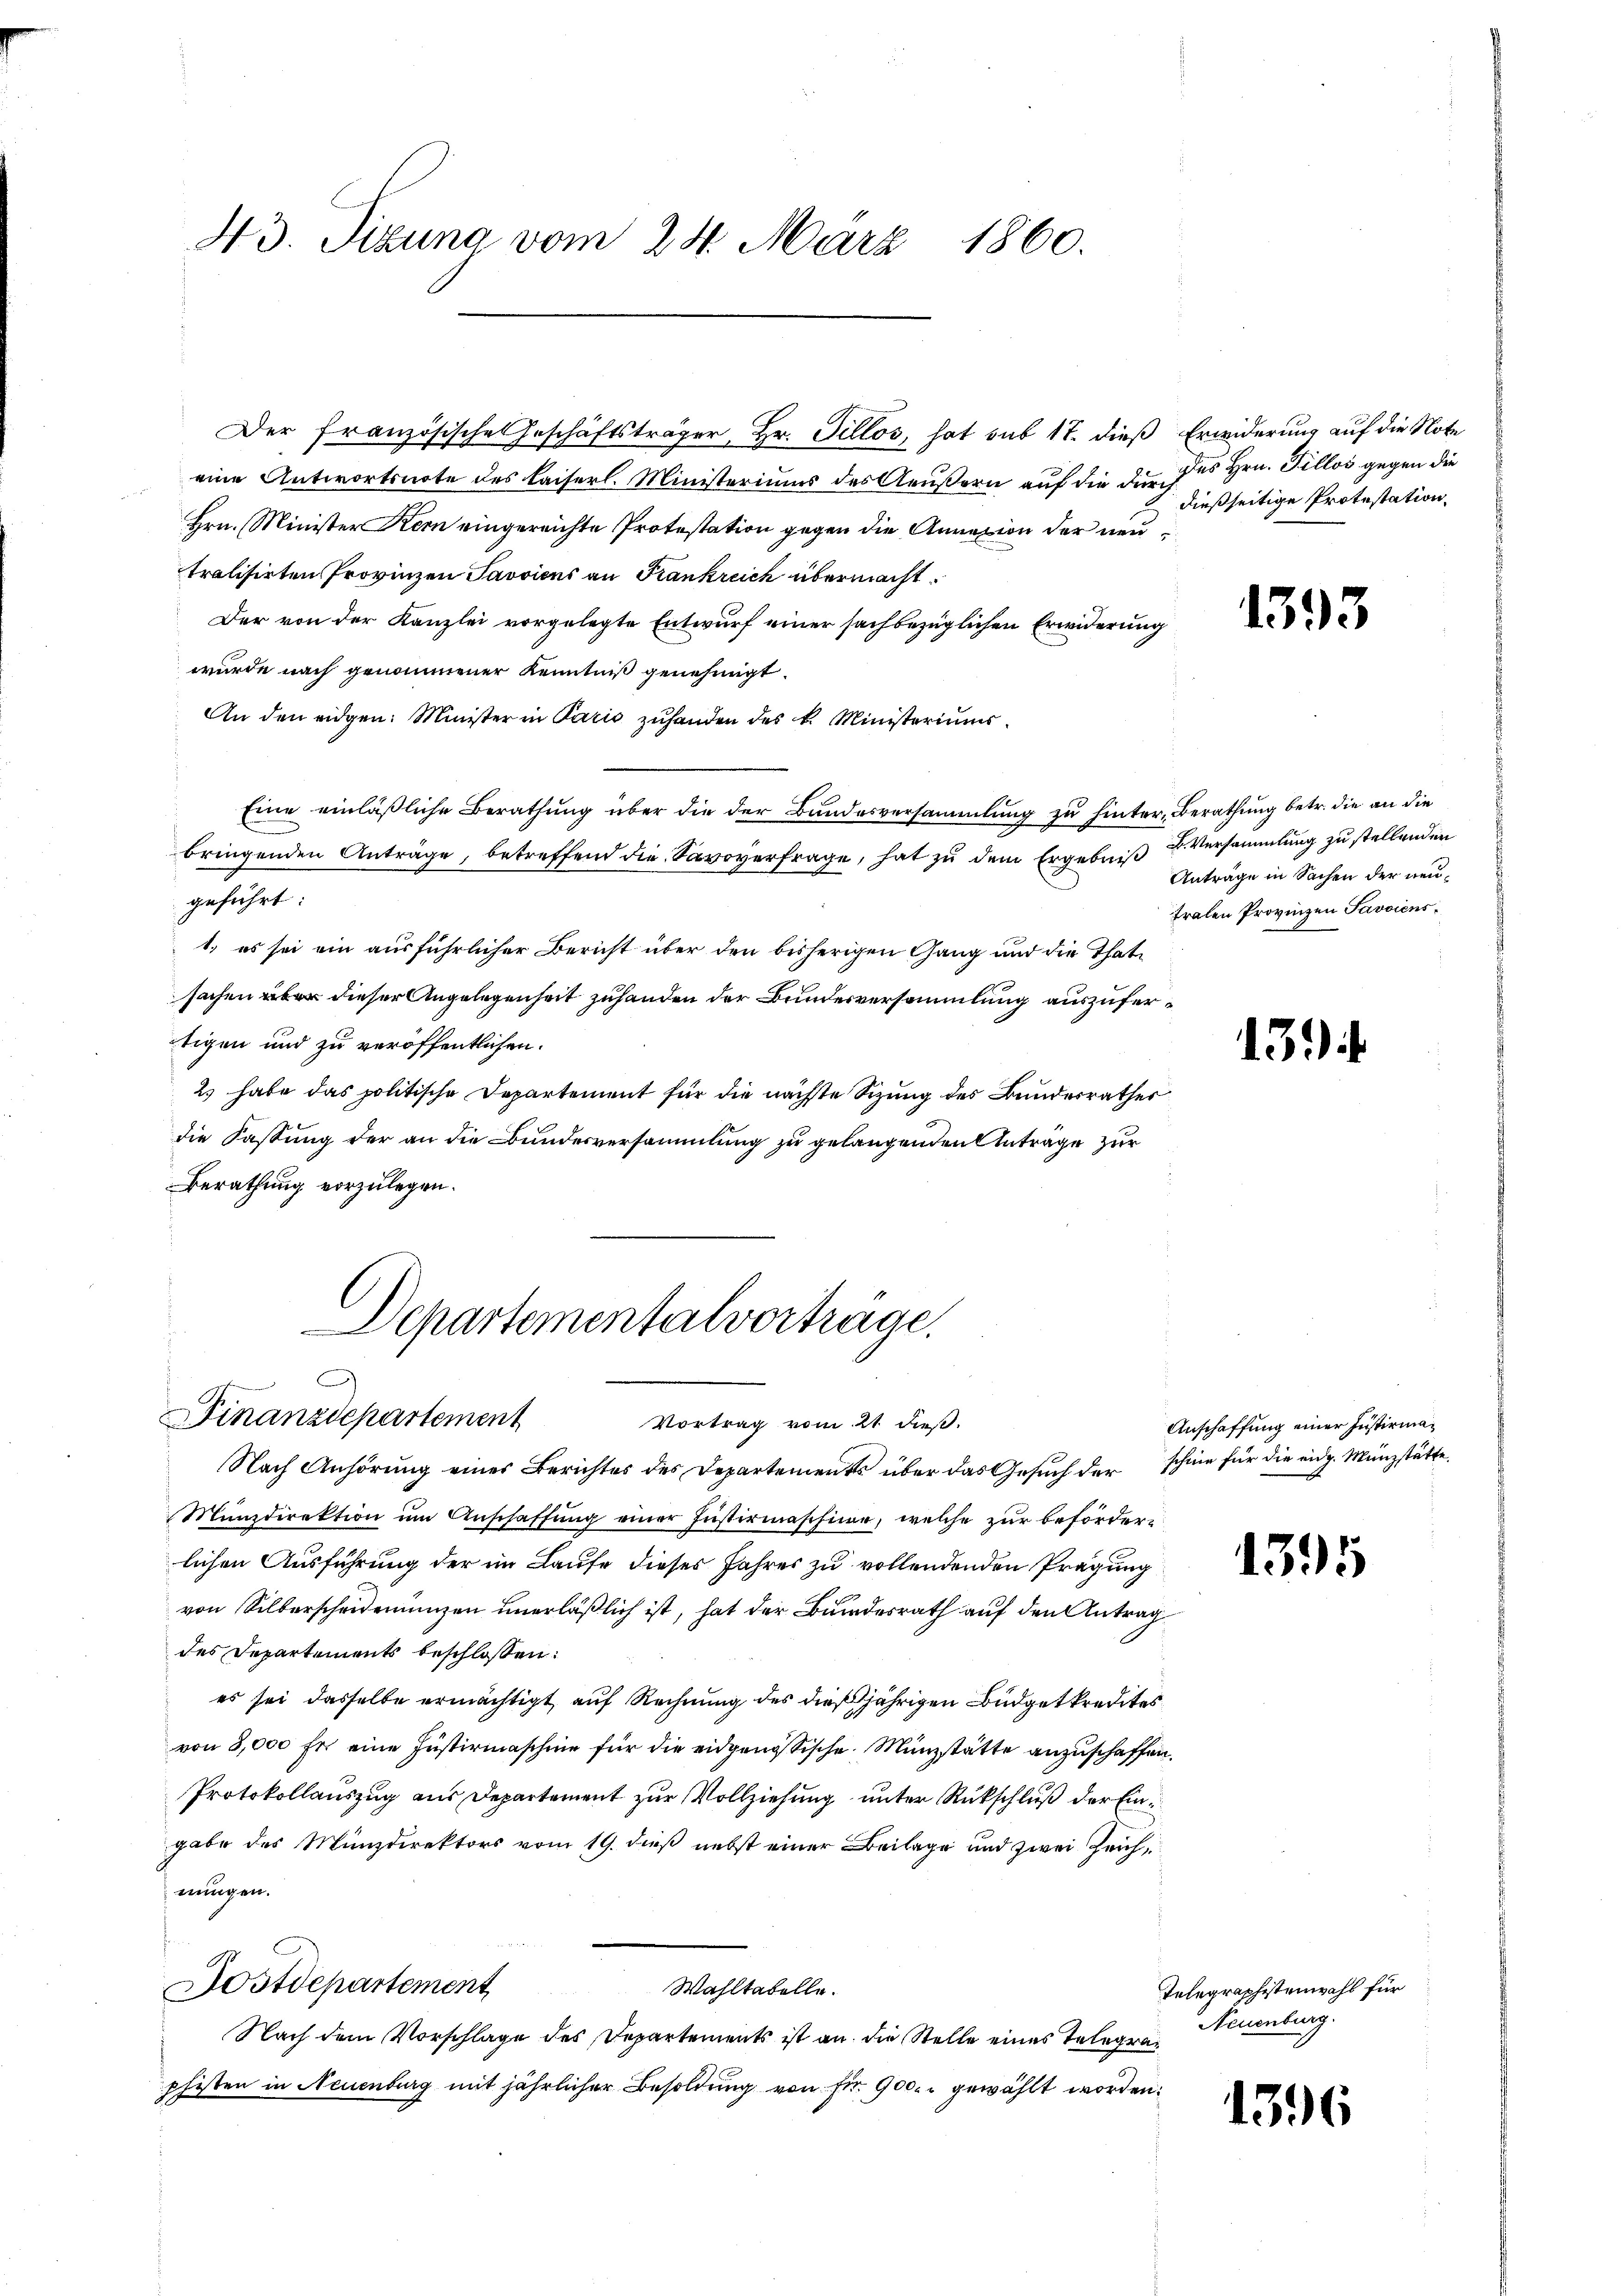
43. Sizung vom 24. März 1860.

Der französische Geschäftsträger, Hr. Tillos, hat sub 17. dieß Erwiderung auf die Note
eine Antwortsnote des Kaiserl. Ministeriums des Aeußern auf die die des Hrn. Fillos gegen die
Hrn. Minister Kern eingereichte Protestation gegen die Annazion der neutralisirten Provinzen Javviens an Frankreich übermacht.
Der von der Kanzlei vorgelegte Entwurf einer sachbezüglichen Erwiderung
wurde nach genommener Kenntniß genehmigt.
An den eidgen: Minister in Paris zuhanden des k. Ministeriums
Eine einläßliche Berathung über die der Bundesversammlung zu hinter-Berathung betr. die an die
bringenden Anträge, betreffend die Savoyerfrage, hat zu dem Ergebniß u. Versammlung zu stellenden
geführt:
1. es sei ein ausführlicher Bericht über den bisherigen Gang und die Thatsachen über dieser Angelegenheit zuhanden der Bundesversammlung auszufertigen und zu veröffentlichen.
2 habe das politische Departement für die nächste Sizung des Bundesrathes
die Fassung der an die Bundesversammlung zu gelangenden Anträge zur
Berathung vorzulegen.

Departementalvorträge.
Finanzdepartement
Vortrag vom 21. dieß.

dießseitige Protestation.

Nach Anhörung eines Berichtes des Departements über das Gesuch der schine für die eidg. Münzstätte.
Münzdirektion um Anschaffung einer Justirmaschine, welche zur beförderlichen Ausführung der im Laufe dieses Jahres zu vollendenden Prägung
von Silberscheidenungen unerläßlich ist, hat der Bundesrath auf den Antrag
des Departements beschlossen:
es sei dasselbe ermächtigt, auf Rechnung des dießjährigen Büdgetkredites
von 3,000 fr. eine Justirmaschine für die eidgenössische Münzstätte anzuschaffen.
Protokollauszug aus Departement zur Vollziehung unter Rückschluß der Ein
gabe des Münzdirektors vom 19. dieß nebst einer Beilage und zwei Zeichnungen.
.
Sostdepartement
Wahltabelle.
Nach dem Vorschlage des Departements ist an die Stelle eines Telegrapfisten in Neuenburg mit jährlicher Besoldung von fr. 900. gewählt worden.

1393

Anträge in Sachen der neutralen Provinzen Savviens¬

13.)

Anschaffung einer Justirma¬

1395

Telegraphistenwahl für
Neuenburg.

1396